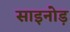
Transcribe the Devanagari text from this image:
साइनोड़